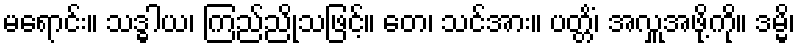
မရောင်း။ သဒ္ဓါယ၊ ကြည်ညိုသဖြင့်။ တေ၊ သင်အား။ ပတ္တိံ၊ အလှူအဖို့ကို။ ဒမ္မိ၊